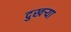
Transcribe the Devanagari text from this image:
दुखर्‍या